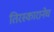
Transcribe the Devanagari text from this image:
तिरस्कारानेच